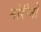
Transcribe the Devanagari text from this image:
मोरीनो